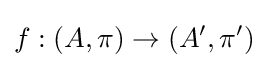
f:(A,\pi )\to (A',\pi ')